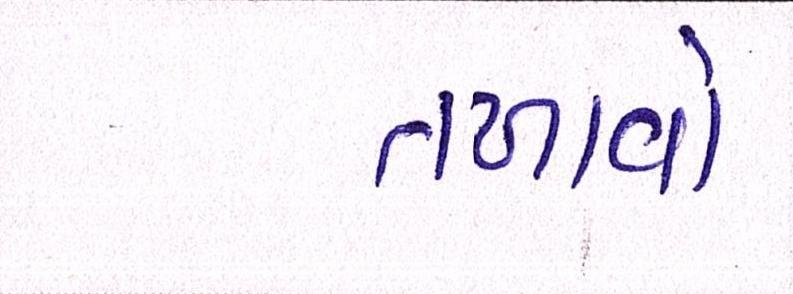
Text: તળાવો